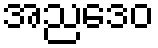
အညဒေဝ